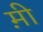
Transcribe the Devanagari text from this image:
म़ी